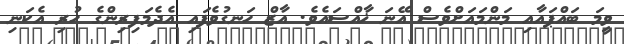
ވީމަ ބައްޕައާއި މަންމައަށްވެސް އޭނަ ޚާއްސައެވެ. އާޒް ހަނގުވެފައި އެދެމަފިރިންގެ ހުރި އެކަނި